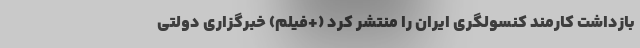
بازداشت کارمند کنسولگری ایران را منتشر کرد (+فیلم) خبرگزاری دولتی